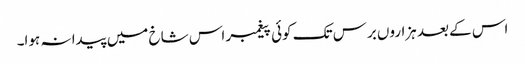
اس کے بعد ہزاروں برس تک کوئی پیغمبر اس شاخ میں پیدا نہ ہوا۔